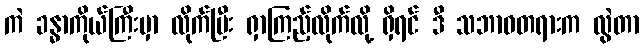
ကဲ ခန္ဓာကိုယ်ကြီးမှာ လိုက်ပြီး ရှာကြည့်လိုက်လို့ ရှိရင် ဒီ သဘာဝတရားက လွဲတာ